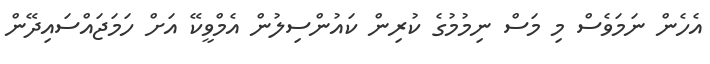
އެހެން ނަމަވެސް މި މަސް ނިމުމުގެ ކުރިން ކައުންސިލުން އެމްވީކޭ އަށް ހަމަޖައްސައިދޭން